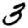
Digit: 3